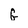
Character: G